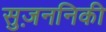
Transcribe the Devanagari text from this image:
सुज़ननिकी